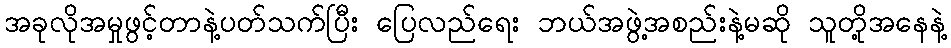
အခုလိုအမှုဖွင့်တာနဲ့ပတ်သက်ပြီး ပြေလည်ရေး ဘယ်အဖွဲ့အစည်းနဲ့မဆို သူတို့အနေနဲ့